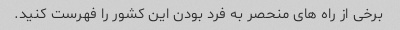
برخی از راه های منحصر به فرد بودن این کشور را فهرست کنید.